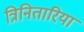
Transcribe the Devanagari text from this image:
त्रिनितारिया